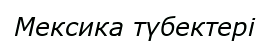
Мексика түбектері